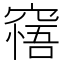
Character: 𥧝